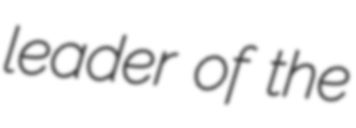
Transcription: leader of the